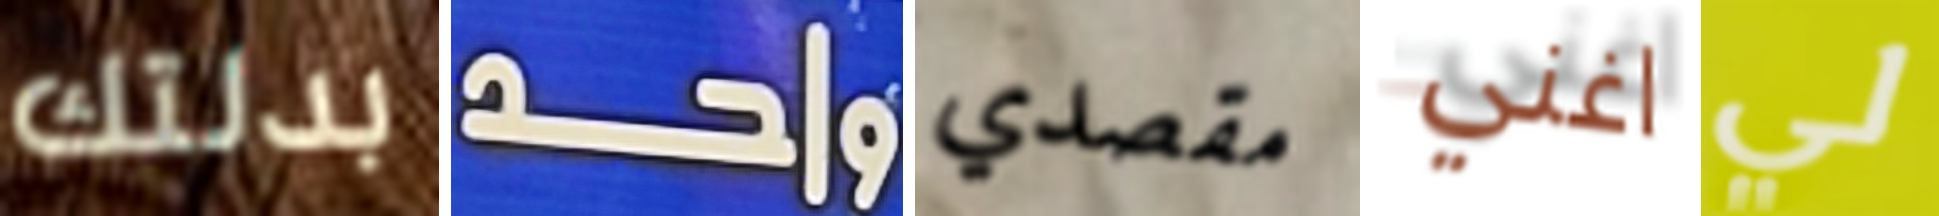
بدلتك واحد مقصدي اغني لي